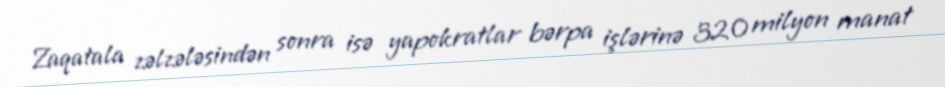
Zaqatala zəlzələsindən sonra isə yapokratlar bərpa işlərinə 320 milyon manat